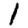
Digit: 1